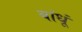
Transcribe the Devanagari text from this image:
बांधूं